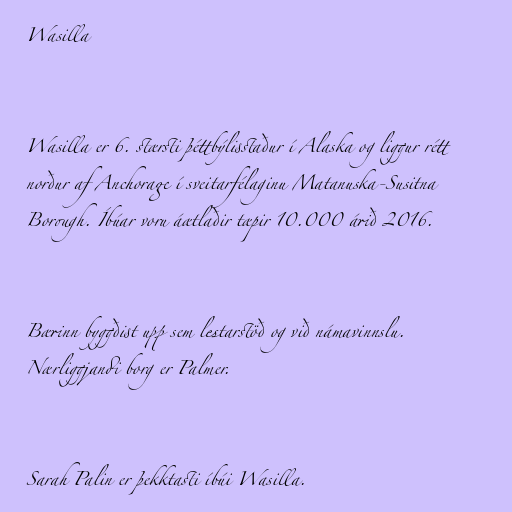
Wasilla

Wasilla er 6. stærsti þéttbýlisstaður í Alaska og liggur rétt
norður af Anchorage í sveitarfélaginu Matanuska-Susitna
Borough. Íbúar voru áætlaðir tæpir 10.000 árið 2016.

Bærinn byggðist upp sem lestarstöð og við námavinnslu.
Nærliggjandi borg er Palmer.

Sarah Palin er þekktasti íbúi Wasilla.